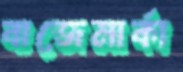
বাজেমার্কা